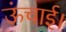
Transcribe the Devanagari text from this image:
ऊंचाई।